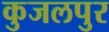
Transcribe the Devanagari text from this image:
कुजलपुर